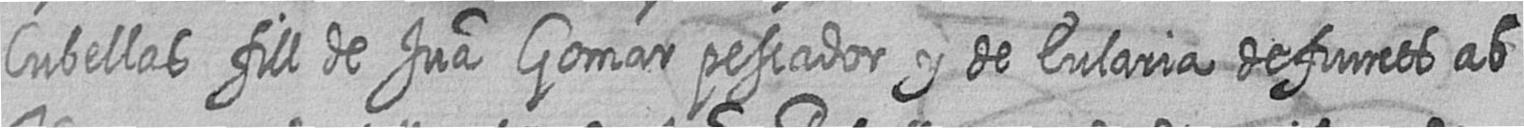
Cubellas fill de Jua Gomar pescador y de Eularia defuncts ab